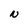
Character: N